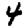
Digit: 4